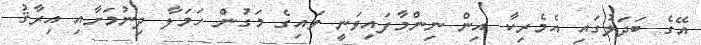
އޭގެ ބަދަލުގައި އެމެރިކާ އިން ނިންމާފައިވަނީ ވައިގެ މަގުން ހަމަލާ ދިނުމަށާއި އިރާޤު